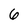
Character: 6